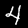
Digit: 4